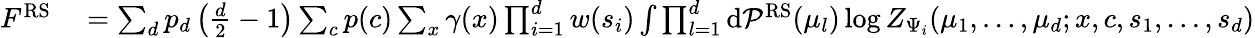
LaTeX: \begin{array}{r}{\begin{array}{rl}{F^{\mathrm{RS}}}&{{}=\sum_{d}p_{d}\left(\frac{d}{2}-1\right)\sum_{c}p(c)\sum_{x}\gamma(x)\prod_{i=1}^{d}w(s_{i})\int\prod_{l=1}^{d}\mathrm{d}\mathcal{P}^{\mathrm{RS}}(\mu_{l})\log Z_{\Psi_{i}}(\mu_{1},\dots,\mu_{d};x,c,s_{1},\dots,s_{d})}\end{array}}\end{array}